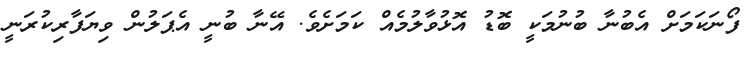
ފޯނަކަމަށް އެބުނާ ބުނުމަކީ ބޮޑު އޮޅުވާލުމެއް ކަމަށެވެ. އޭނާ ބުނީ އެޕަލުން ވިޔަފާރިކުރަނީ